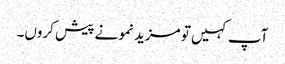
آپ کہیں تو مزید نمونے پیش کروں۔